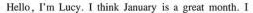
Hello, I'm Lucy, I think January is a great moath. I